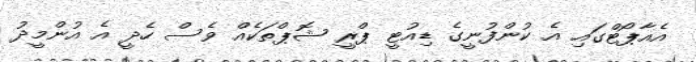
އެއާޕޯޓްގައި އެ ކުންފުނީގެ ޑިއުޓީ ޕްރީ ޝޮޕްތަކެއް ވެސް ހެދީ އެ އުންމީދު